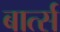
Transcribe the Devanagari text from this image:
बार्त्स